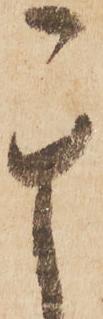
其